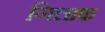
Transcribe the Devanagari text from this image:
गिलाफ